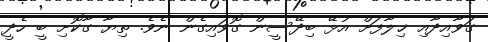
ގަވާއިދާއި ޚިލާފަށް އުޅޭ ބިދޭސީން ގޮވައިގެން ނެވެ. ތިޔާ ގާކޮށި ބީ ހެދީ